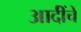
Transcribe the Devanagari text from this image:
आदींंचे